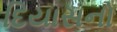
દિયાસનો